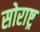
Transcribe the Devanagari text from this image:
सोराष्ट्र